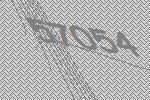
57054